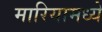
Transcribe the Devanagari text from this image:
मारियामध्ये